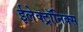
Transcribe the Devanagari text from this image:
ईलेक्ट्रॉनिक्स